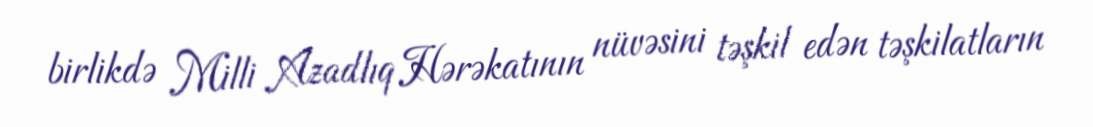
birlikdə Milli Azadlıq Hərəkatının nüvəsini təşkil edən təşkilatların